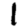
Digit: 1